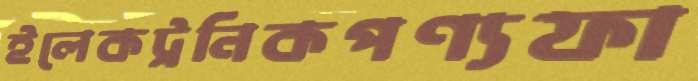
ইলেকট্রনিকপণ্যফা